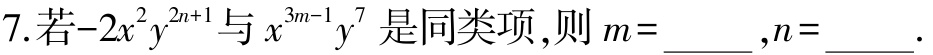
7. 若\(-2x^{2}y^{2n + 1}\)与\(x^{3m - 1}y^{7}\)是同类项，则\(m = \_\_\_,n = \_\_\_.\)